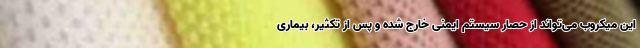
این میکروب می‌تواند از حصار سیستم ایمنی خارج شده و پس از تکثیر، بیماری